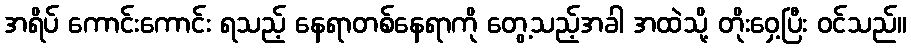
အရိပ် ကောင်းကောင်း ရသည့် နေရာတစ်နေရာကို တွေ့သည့်အခါ အထဲသို့ တိုးဝှေ့ပြီး ဝင်သည်။